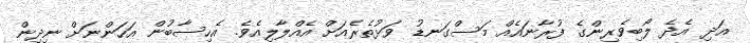
އަދި އެދެ ލޯބިވެރިންގެ ފުރާނައެއް މަސްގަނޑު ވަޅުތެރެއަށް އެއްލާލިއެވެ. އެހިސާބުން އަހަންނަށް ނިދިން